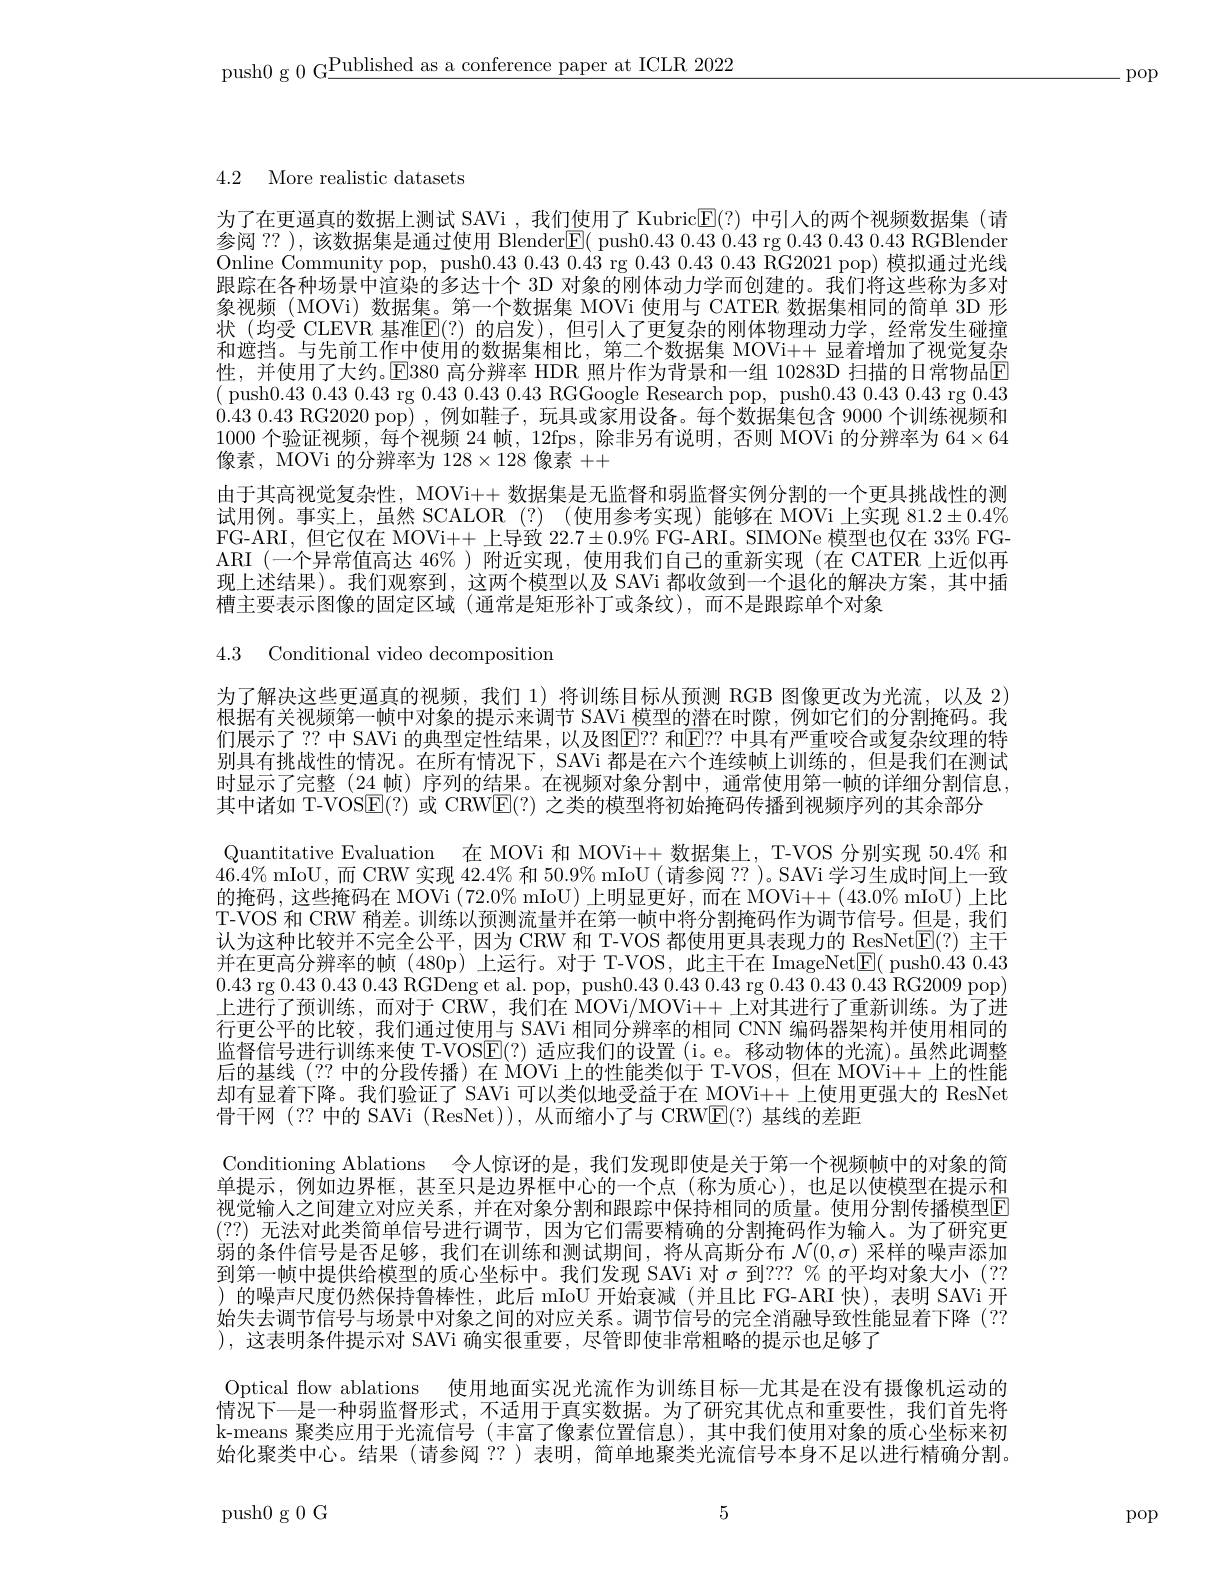
push0 g 0 G$\underline\text{Published as a conference paper at ICLR 2022}$

-pop

4.2 More realistic datasets

为了在更逼真的数据上测试 SAVi ,我们使用了 Kubric$\mathbb{E}(?)$中引人的两个视频数据集(请参阅 ?? ), 该数据集是通过使用 Blender$\boxed{\mathrm{E}}($ push0.430.43 0.43 rg 0.430.43 0.43 RGBlender Online Community pop, push0.430.430.43 rg 0.430.43 RG2021 pop) 模拟通过光线跟踪在各种场景中渲染的多达十个 3D 对象的刚体动力学而创建的。我们将这些称为多对象视频 (MOVi) 数据集。第一个数据集 MOVi 使用与 CATER 数据集相同的简单 3D 形状(均受 CLEVR 基准$\mathbb{E}(?)$ 的启发),但引人了更复杂的刚体物理动力学，经常发生碰撞和遮挡。与先前工作中使用的数据集相比，第二个数据集 MOVi++ 显着增加了视觉复杂性，并使用了大约。$\mathbb{E}$380 高分辨率 HDR 照片作为背景和一组 10283D 扫描的日常物品$\mathbb{E}$ ( push0.430.430.43 rg 0.430.430.43 RGGoogle Research pop, push0.430.430.43 rg 0.430.43 0.43 RG2020 pop) ,例如鞋子，玩具或家用设备。每个数据集包含 9000 个训练视频和1000个验证视频，每个视频 24 帧，12fps, 除非另有说明，否则 MOVi 的分辨率为 64$\times64$ 像素，MOVi 的分辨率为$128\times128$像素++
由于其高视觉复杂性，MOVi++ 数据集是无监督和弱监督实例分割的一个更具挑战性的测试用例。事实上，虽然 SCALOR(?) (使用参考实现)能够在 MOVi 上实现 81.2$\pm0.4\%$ FG-ARI,但它仅在 MOVi++ 上导致$22.7\pm0.9\%$ FG-ARI。SIMONe 模型也仅在 33% FGARI (一个异常值高达 46% )附近实现，使用我们自己的重新实现(在 CATER 上近似再现上述结果)。我们观察到，这两个模型以及 SAVi 都收敛到一个退化的解决方案，其中插槽主要表示图像的固定区域 (通常是矩形补丁或条纹),而不是跟踪单个对象

4.3 Conditional video decomposition

为了解决这些更逼真的视频，我们 1)将训练目标从预测 RGB 图像更改为光流，以及 2) 根据有关视频第一帧中对象的提示来调节 SAVi 模型的潜在时隙，例如它们的分割掩码。我们展示了？?中 SAVi 的典型定性结果，以及图E？? 和E？中具有严重咬合或复杂纹理的特别具有挑战性的情况。在所有情况下，SAVi 都是在六个连续帧上训练的，但是我们在测试时显示了完整(24 帧)序列的结果。在视频对象分割中，通常使用第一帧的详细分割信息， 其中诸如 T-VOSE(?) 或 CRW$\mathbb{E}(?)$之类的模型将初始掩码传播到视频序列的其余部分
Quantitative Evaluation 在 MOVi 和 MOVi++ 数据集上，T-VOS 分别实现 50.4% 和$46.4\%$ mIoU,而 CRW 实现$42.4\%$和 50.9% mIoU (请参阅 ??)。SAVi 学习生成时间上一致的掩码，这些掩码在 MOVi $(72.0\%$ mIoU)上明显更好，而在 MOVi++(43.0% mIoU)上比T-VOS 和 CRW 稍差。训练以预测流量并在第一帧中将分割掩码作为调节信号。但是，我们认为这种比较并不完全公平，因为 CRW 和 T-VOS 都使用更具表现力的 ResNet$\underline{\mathrm{E}}(?)$主干并在更高分辨率的帧(480p)上运行。对于 T-VOS,此主干在 ImageNet$\boxed{\mathrm{E}}($ push0.430.430.43 rg 0.430.430.43 RGDeng et al. pop, push0.430.430.43 rg 0.430.43 RG2009 pop) 上进行了预训练，而对于 CRW, 我们在 MOVi/MOVi++ 上对其进行了重新训练。为了进行更公平的比较，我们通过使用与 SAVi 相同分辨率的相同 CNN 编码器架构并使用相同的监督信号进行训练来使 T-VOSE(?) 适应我们的设置(i。e。移动物体的光流)。虽然此调整后的基线(??中的分段传播)在 MOVi 上的性能类似于 T-VOS, 但在 MOVi++ 上的性能却有显着下降。我们验证了 SAVi 可以类似地受益于在 MOVi++ 上使用更强大的 ResNet 骨干网 (?? 中的 SAVi (ResNet)), 从而缩小了与 CRWE(?)基线的差距
Conditioning Ablations 令人惊讶的是，我们发现即使是关于第一个视频帧中的对象的简单提示，例如边界框，甚至只是边界框中心的一个点(称为质心),也足以使模型在提示和视觉输人之间建立对应关系，并在对象分割和跟踪中保持相同的质量。使用分割传播模型[E] (2?)无法对此类简单信号进行调节，因为它们需要精确的分割掩码作为输入。为了研究更弱的条件信号是否足够，我们在训练和测试期间，将从高斯分布$\mathcal{N}(0,\sigma)$采样的噪声添加到第一帧中提供给模型的质心坐标中。我们发现 SAVi 对$\sigma$到？?? % 的平均对象大小(?? )的噪声尺度仍然保持鲁棒性，此后 mIoU 开始衰减(并且比 FG-ARI 快),表明 SAVi 开始失去调节信号与场景中对象之间的对应关系。调节信号的完全消融导致性能显着下降(?? ),这表明条件提示对 SAVi 确实很重要，尽管即使非常粗略的提示也足够了
Optical flow ablations 使用地面实况光流作为训练目标—尤其是在没有摄像机运动的情况下一是一种弱监督形式，不适用于真实数据。为了研究其优点和重要性，我们首先将k-means 聚类应用于光流信号 (丰富了像素位置信息),其中我们使用对象的质心坐标来初始化聚类中心。结果(请参阅 ??)表明，简单地聚类光流信号本身不足以进行精确分割。

5

push0g0G

pop